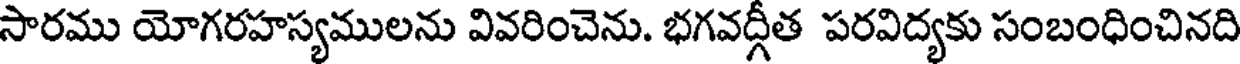
సారము యోగరహస్యములను వివరించెను. భగవద్గీత పరవిద్యకు సంబంధించినది